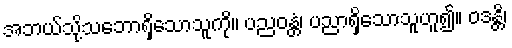
အဘယ်သို့သဘောရှိသောသူကို။ ပညဝန္တံ၊ ပညာရှိသောသူဟူ၍။ ဝဒန္တိ၊